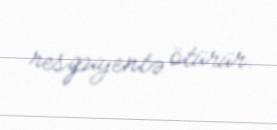
resipiyentə ötürür.